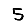
Digit: 5